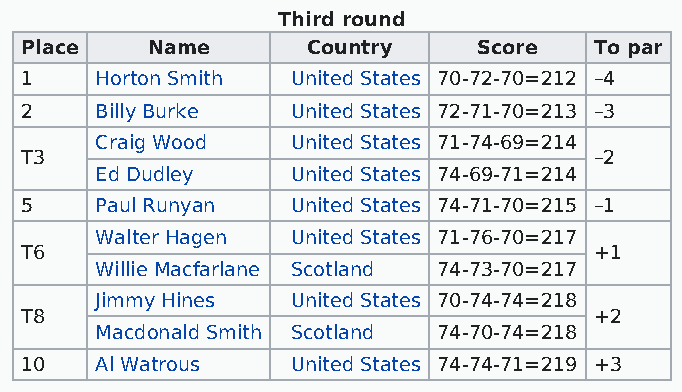
Third round
 Place    Name      Country     Score  To par
 1    Horton Smith United States 70-72-70=212 –4
 2    Billy Burke  United States 72-71-70=213 –3
 Craig Wood   United States 71-74-69=214
 T3                                    –2
 Ed Dudley    United States 74-69-71=214
 5    Paul Runyan  United States 74-71-70=215 –1
 Walter Hagen United States 71-76-70=217
 T6                                    +1
 Willie Macfarlane Scotland 74-73-70=217
 Jimmy Hines  United States 70-74-74=218
 T8                                    +2
 Macdonald Smith Scotland 74-70-74=218
 10   Al Watrous   United States 74-74-71=219 +3